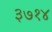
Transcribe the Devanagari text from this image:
३७१४